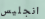
انجليس